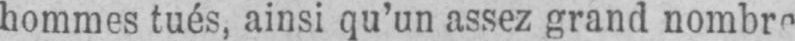
hommes tués, ainsi qu’un assez grand nombre